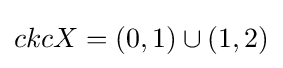
ckcX=(0,1)\cup (1,2)